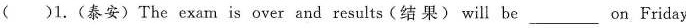
() 1.(泰安)The exam is over and results(结 果) will be___on Friday